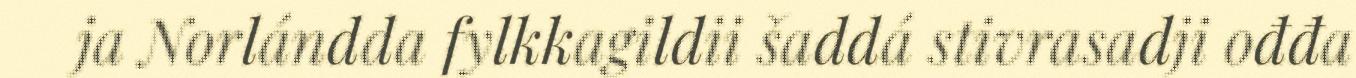
ja Norlándda fylkkagildii šaddá stivrasadji ođđa